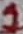
Text: 1